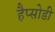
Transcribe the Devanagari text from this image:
हैप्सोडी